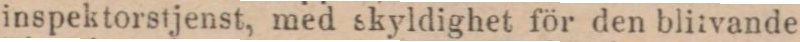
inspektorstjenst, med skyldighet för den blitvande